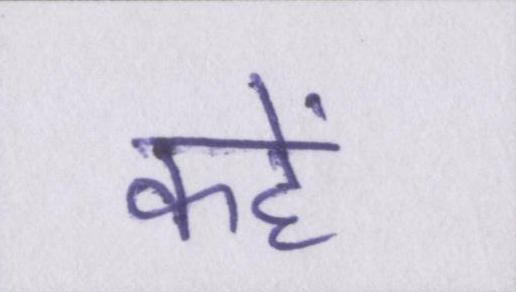
कहें